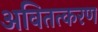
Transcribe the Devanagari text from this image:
अवितत्करण